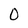
Character: 0